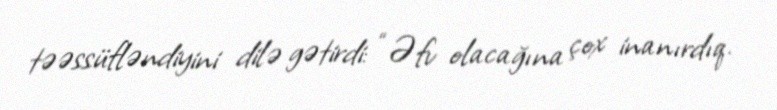
təəssüfləndiyini dilə gətirdi: “Əfv olacağına çox inanırdıq.